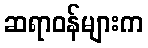
ဆရာဝန်များက